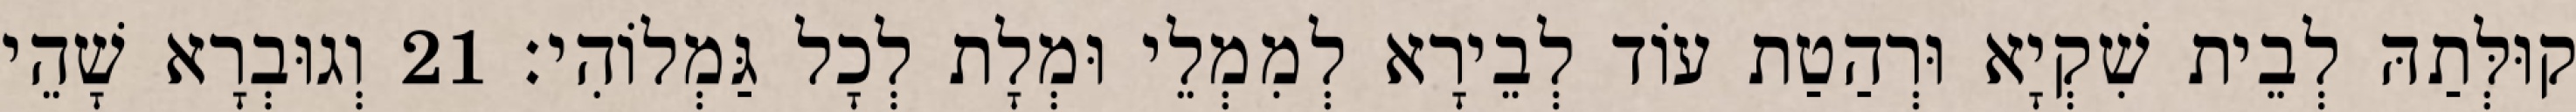
קוּלְּתַהּ לְבֵית שִׁקְיָא וּרְהַטַת עוֹד לְבֵירָא לְמִמְלֵי וּמְלָת לְכָל גַּמְלוֹהִי׃ 21 וְגוּבְרָא שָׁהֵי